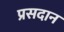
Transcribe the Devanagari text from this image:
प्रसदान